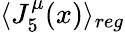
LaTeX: \langle J_{5}^{\mu}(x)\rangle_{reg}